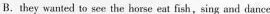
B.they wanted to see the horse eat fish,sing and dance.